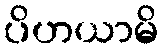
ပိဟယာမိ